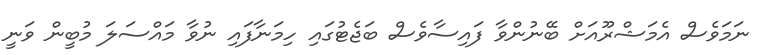
ނަމަވެސް އެމަޝްރޫއަށް ބޭނުންވާ ފައިސާވެސް ބަޖެޓުގައި ހިމަނާފައި ނުވާ މައްސަލަ މުބީން ވަނީ